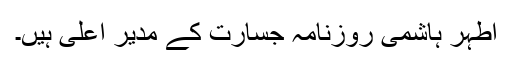
اطہر ہاشمی روزنامہ جسارت کے مدیرِ اعلیٰ ہیں۔